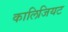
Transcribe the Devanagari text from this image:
कालिजियट